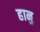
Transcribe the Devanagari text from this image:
हानु